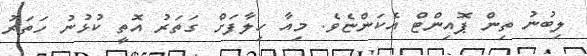
ލިބުނު ތިން ޕޮއިންޓް އެކަންޏެވެ. މިއާ ހިލާފަށް ގަތަރު އޮތީ ކުޅުނު ހަތަރު